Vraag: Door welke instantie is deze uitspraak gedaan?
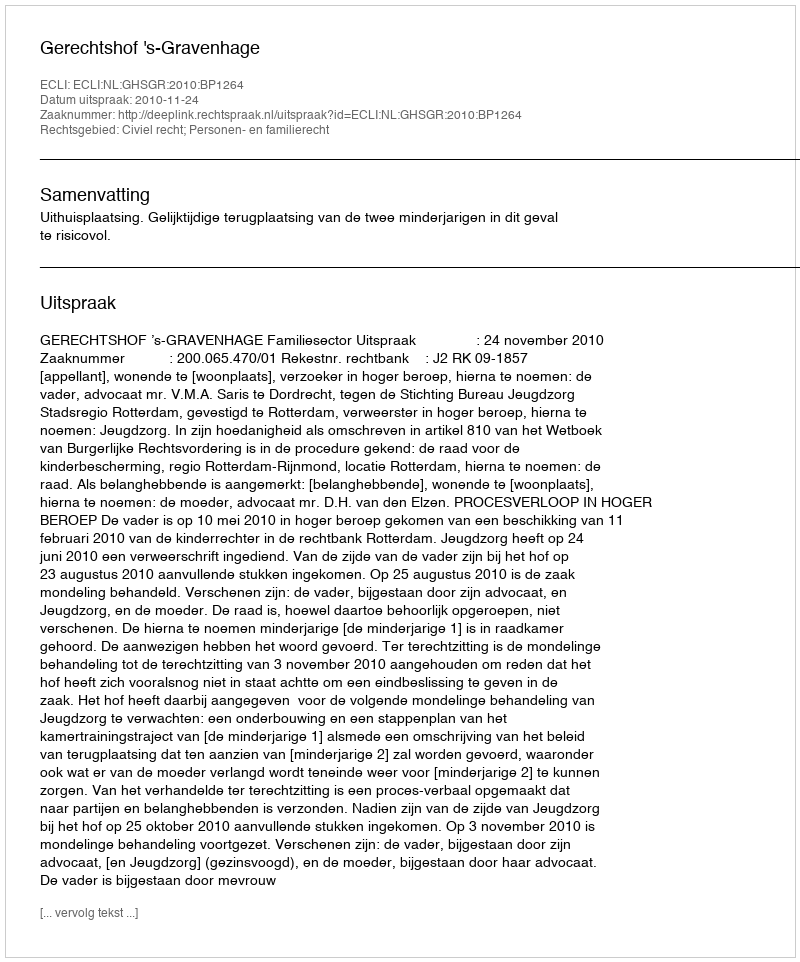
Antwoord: Gerechtshof 's-Gravenhage